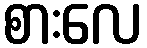
စားလေ